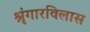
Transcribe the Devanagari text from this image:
श्रृंगारविलास